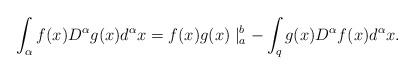
LaTeX: \begin{align*}\int_{\alpha}f(x)D^{\alpha}g(x)d^{\alpha}x=f(x)g(x)\mid_{a}^{b}-\int_{q}g(x)D^{\alpha}f(x)d^{\alpha}x.\end{align*}